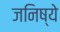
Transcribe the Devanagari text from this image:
जनिष्ये